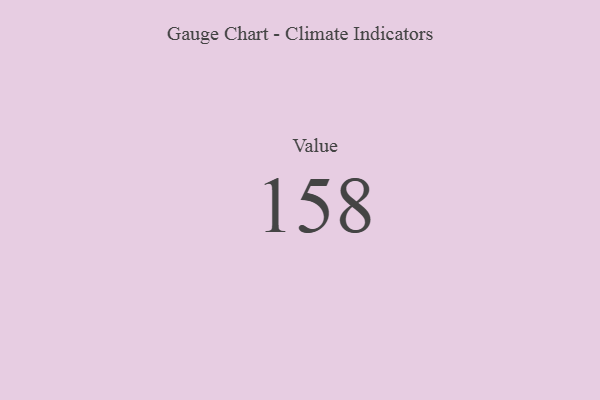
{"axis": {"x": "Metric", "y": "Value"}, "legend": [""], "data": [{"x": "Value", "y": 158, "type": ""}]}